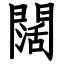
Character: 闊